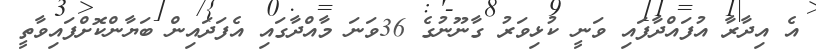
އެ އިދާރާ އުފައްދާފައި ވަނީ ކުޅިވަރު ގާނޫނުގެ 36ވަނަ މާއްދާގައި އެފަދައިން ބަޔާންކޮށްފައިވާތީ